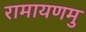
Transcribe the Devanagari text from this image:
रामायणमु